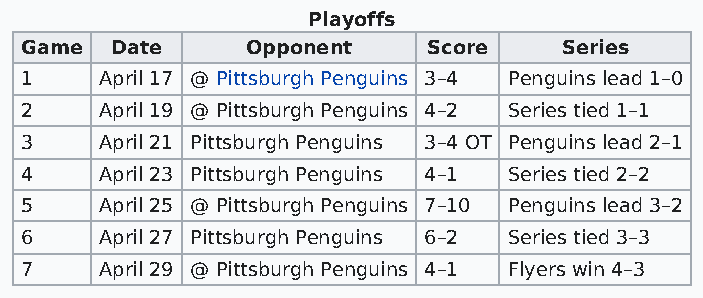
Playoffs
 Game  Date     Opponent    Score    Series
 1     April 17 @ Pittsburgh Penguins 3–4 Penguins lead 1–0
 2     April 19 @ Pittsburgh Penguins 4–2 Series tied 1–1
 3     April 21 Pittsburgh Penguins 3–4 OT Penguins lead 2–1
 4     April 23 Pittsburgh Penguins 4–1 Series tied 2–2
 5     April 25 @ Pittsburgh Penguins 7–10 Penguins lead 3–2
 6     April 27 Pittsburgh Penguins 6–2 Series tied 3–3
 7     April 29 @ Pittsburgh Penguins 4–1 Flyers win 4–3